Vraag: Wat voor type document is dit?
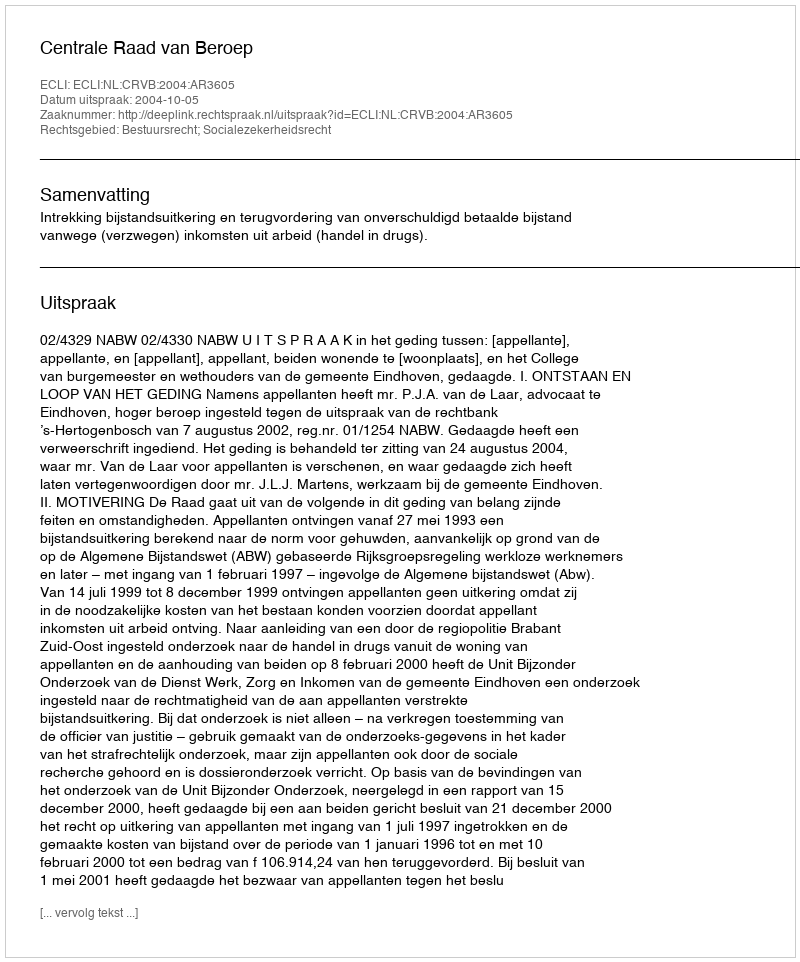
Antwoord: Uitspraak